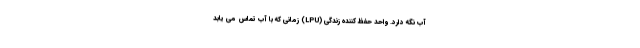
آب نگه دارد. واحد حفظ کننده زندگی (LPU) زمانی که با آب تماس می یابد